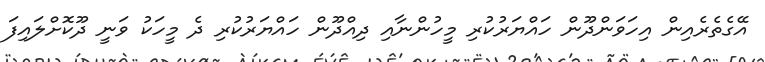
އޭގެތެރެއިން އިހަވަންދޫން ހައްޔަރުކުރި މީހުންނާއި ދިއްދޫން ހައްޔަރުކުރި ދެ މީހަކު ވަނީ ދޫކޮށްލައިފަ